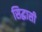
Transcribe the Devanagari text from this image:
सिद्धासी